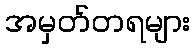
အမှတ်တရများ